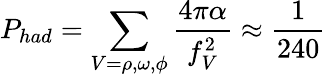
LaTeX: P_{had}=\sum_{V=\rho,\omega,\phi}{\frac{4\pi\alpha}{f_{V}^{2}}}\approx{\frac{1}{240}}